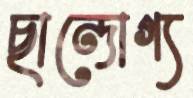
ছান্দোগ্য